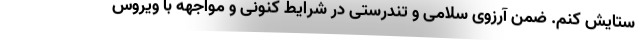
ستایش کنم. ضمن آرزوی سلامی و تندرستی در شرایط کنونی و مواجهه با ویروس